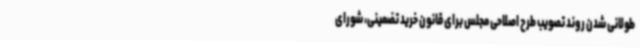
طولانی شدن روند تصویب طرح اصلاحی مجلس برای قانون خرید تضمینی، شورای